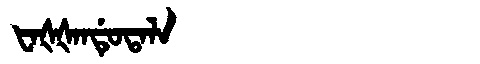
Manchu: ᡶᠠᡧᡧᠠᠨᡩᡠᡨᠠᠯᠠ
Romanization: FAŠŠANDUTALA